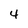
Character: 4